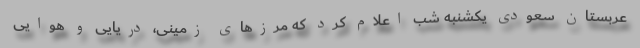
عربستان سعودی یکشنبه شب اعلام کرد که مرزهای زمینی، دریایی و هوایی